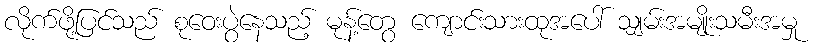
လိုက်ဖို့ပြင်သည် စုဝေးပွဲနေသည့် မုန့်တွေ ကျောင်းသားထုအပေါ် သျှမ်းအမျိုးသမီးအမှု